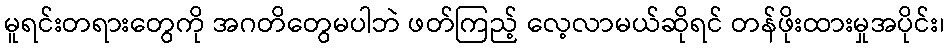
မူရင်းတရားတွေကို အဂတိတွေမပါဘဲ ဖတ်ကြည့် လေ့လာမယ်ဆိုရင် တန်ဖိုးထားမှုအပိုင်း၊